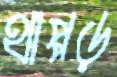
থাপ্পড়